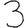
Digit: 3